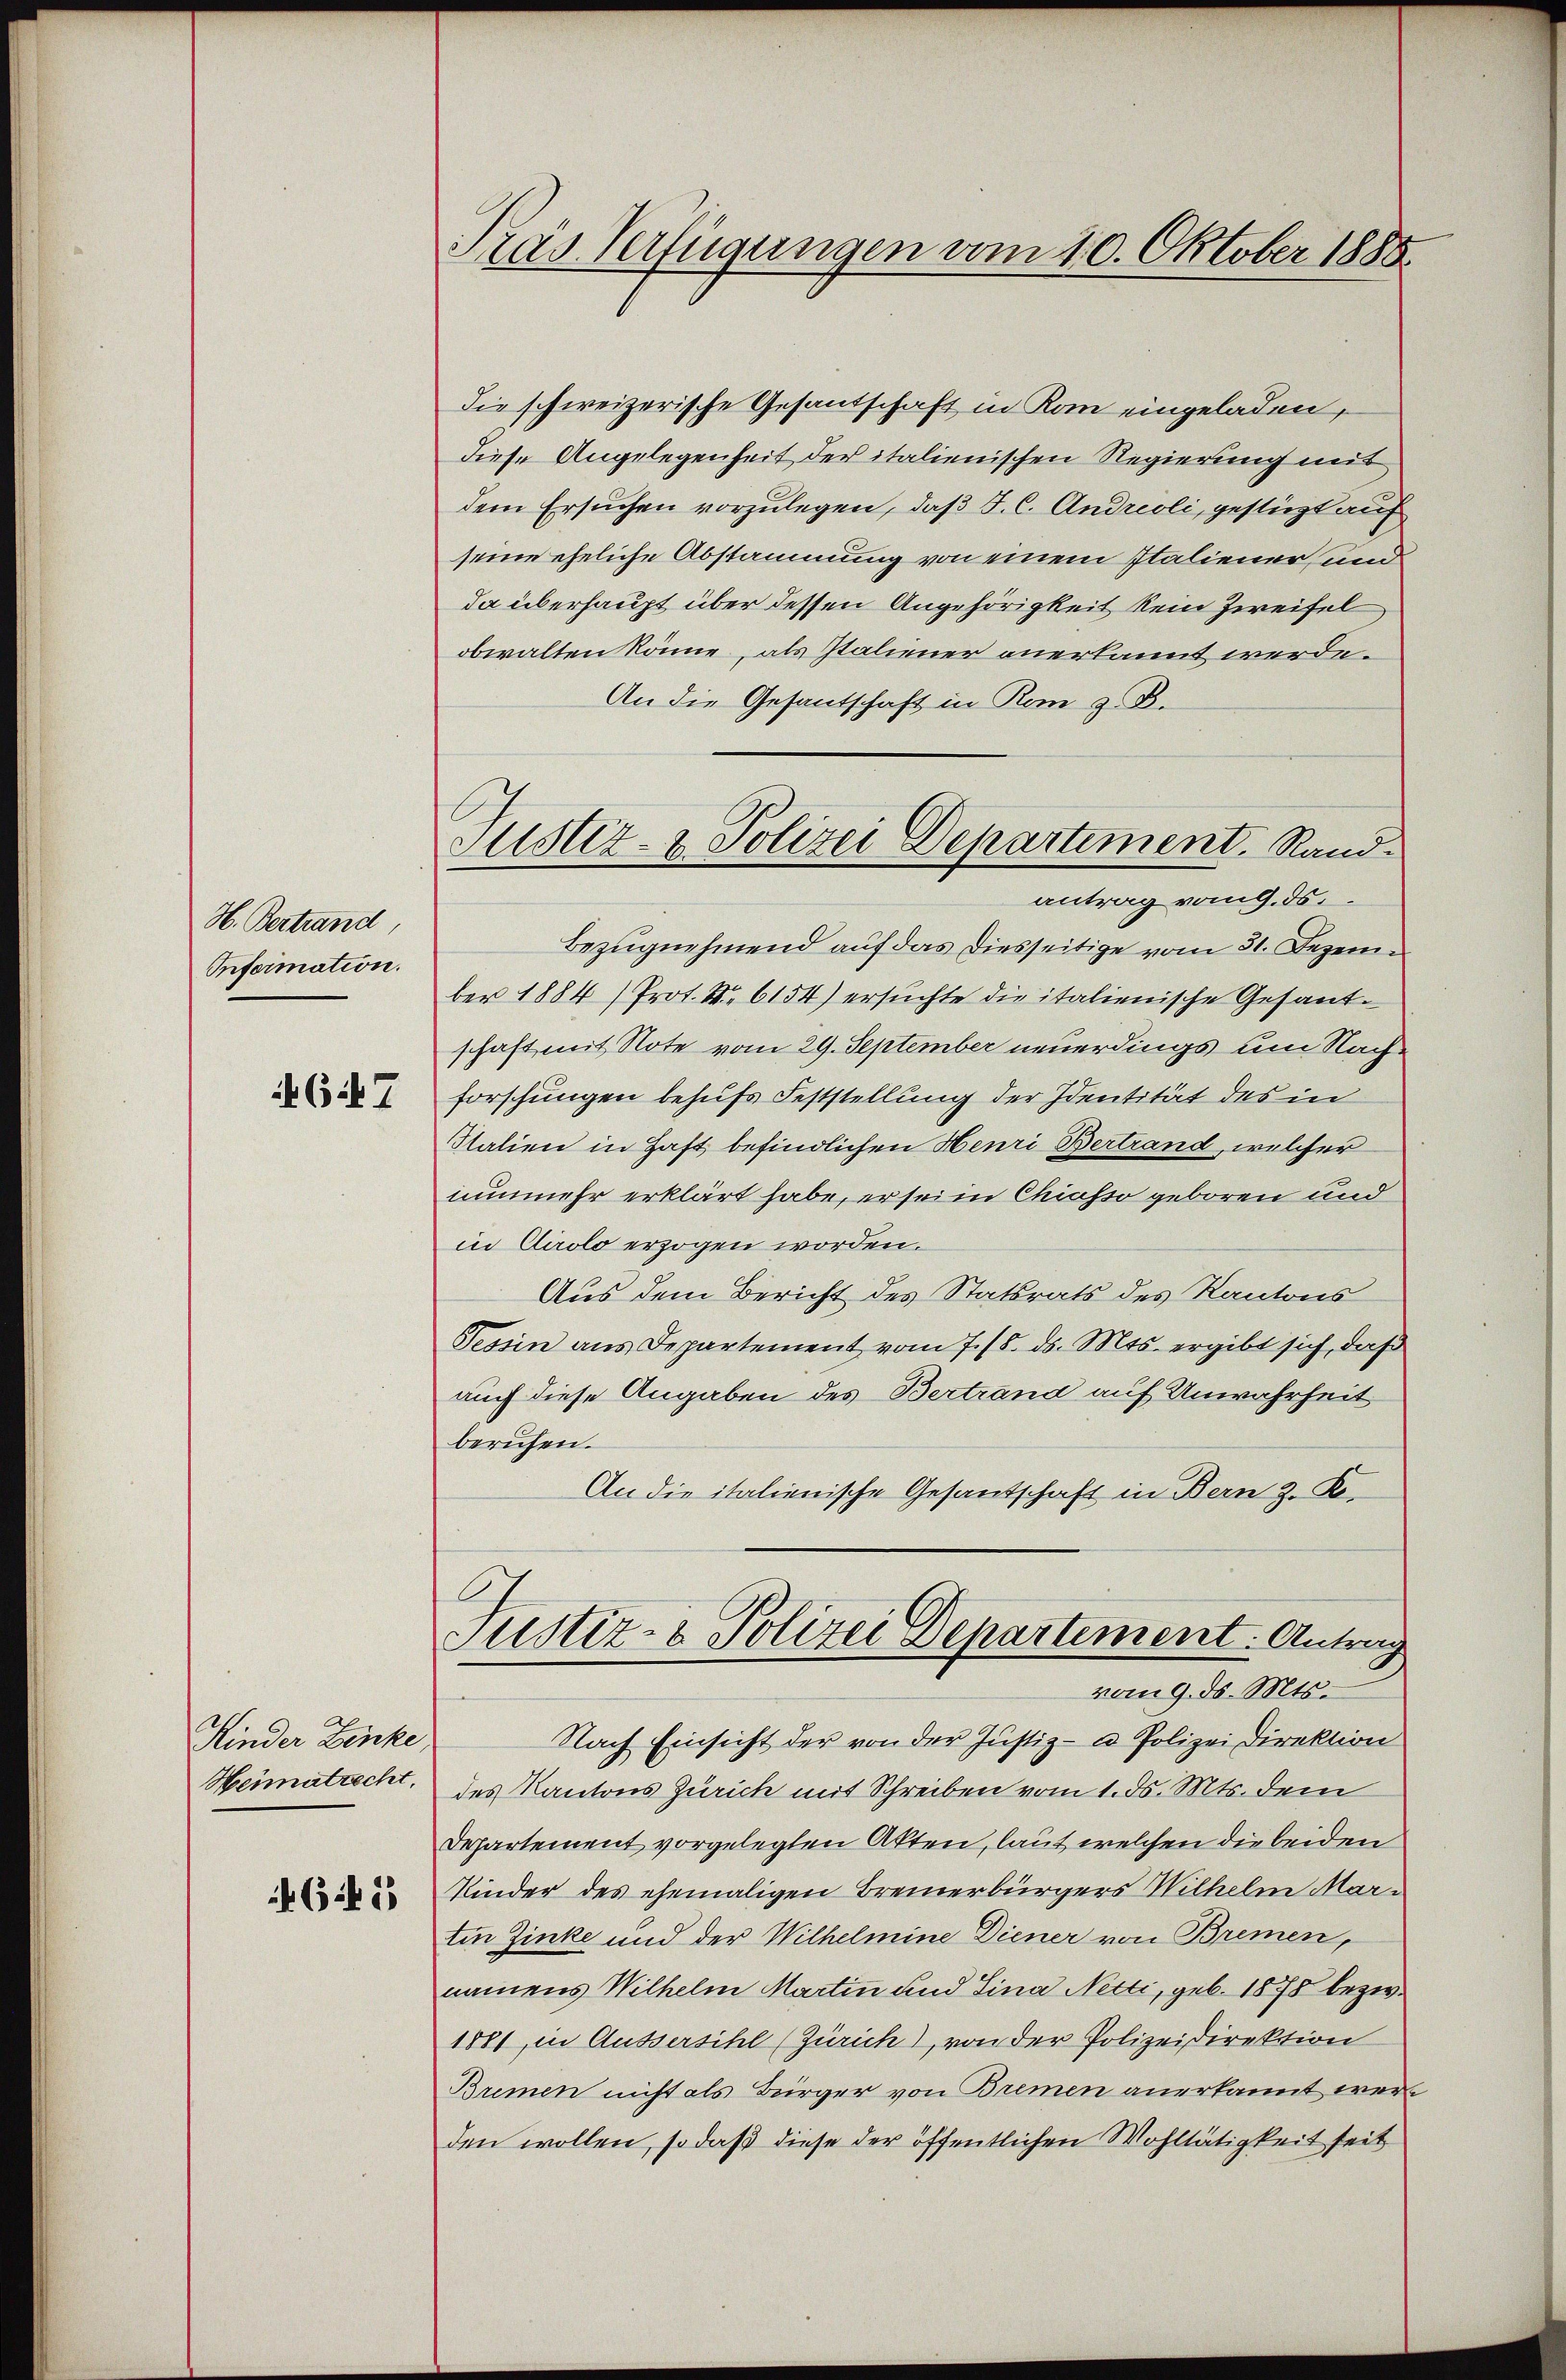
H. Bertrand
Information.

4647

Kinder Linke
Heimatrecht.
465

Tras Verfügungen vom 10. Oktober 1888.

die schweizerische Gesandschaft in Rom eingeladen,
diese Angelegenheit der italienischen Regierung mit
dem Ersuchen vorzulegen, daß F. C. Andreoli, gestüzt auf
seine eheliche Abstammung von einem Italiener, und
da überhaupt über dessen Angehörigkeit kein Zweifelobwalten könne, als Italiener anerkannt werde.
An die Gesantschaft in Rom z. B.
Bezugnehmend auf das diesseitige vom 31. Dezember 1884 (Prot. I. 6154) ersuchte die italienische Gesandschaft mit Note vom 29. September neuerdings um Nachforschungen behufs Feststellung der Identität des in
Statien in Haft befindlichen Henri Bertrand, welcher
nunmehr erklärt habe, er sei in Chiasso geboren und
in Airolo erzogen worden.
Aus dem Bericht des Statsrats des Kantons
Tessin aus Departement vom 7. 18. ds. Mts. ergibt sich, daß
auch diese Angaben des Bertrand auf Unwahrheit
berufen.
An die italienische Gesandschaft in Bern z. R.
Justiz- & Polizei Departement. Antrag
vom 9. ds. Mts.
Nach Einsicht der von der Justiz- u Polizei Direktion
des Kantons Zürich mit Schreiben vom 1. d. Mts. dem
Departement vorgelegten Akten, laut welchen die beiden
Kinder des ehemaligen Bremerbürgers Wilhelm Martin Zinke und der Wilhelmine Diener von Bremen,
namens Wilhelm Martin und Sina Netti, geb. 1878 bezw.
1881, in Äussersihl (Zürich), von der Polizeidirektion
Bremen nicht als Bürger von Bremen anerkannt wer
den wollen, so daß diese der öffentlichen Wohltätigkeit seit

Justiz- & Polizei Departiment. Rand.
antrag vom 9. ds.